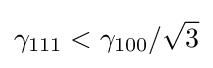
\gamma _{111}<\gamma _{100}/{\sqrt {3}}